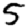
Digit: 5